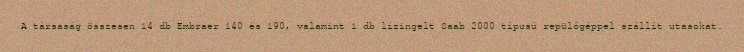
A társaság összesen 14 db Embraer 140 és 190, valamint 1 db lízingelt Saab 2000 típusú repülőgéppel szállít utasokat.